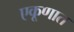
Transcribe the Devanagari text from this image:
एकूणात